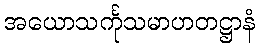
အယောသင်္ကုသမာဟတဋ္ဌာနံ